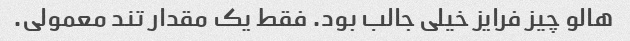
هالو چیز فرایز خیلی جالب بود. فقط یک مقدار تند معمولی.